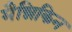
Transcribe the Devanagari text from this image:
मैन्निकिन